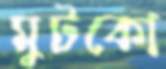
মুটকো